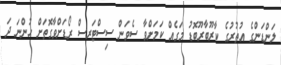
ލަންޑަންގެ އުތުރުގެ ކާރޫބާރޫބޮޑު މަގެއް ކަމަށްވާ ސެވަން ސިސްޓަރސް ރޯޑަށްވާގޮތަށް ހުންނަ ދަ